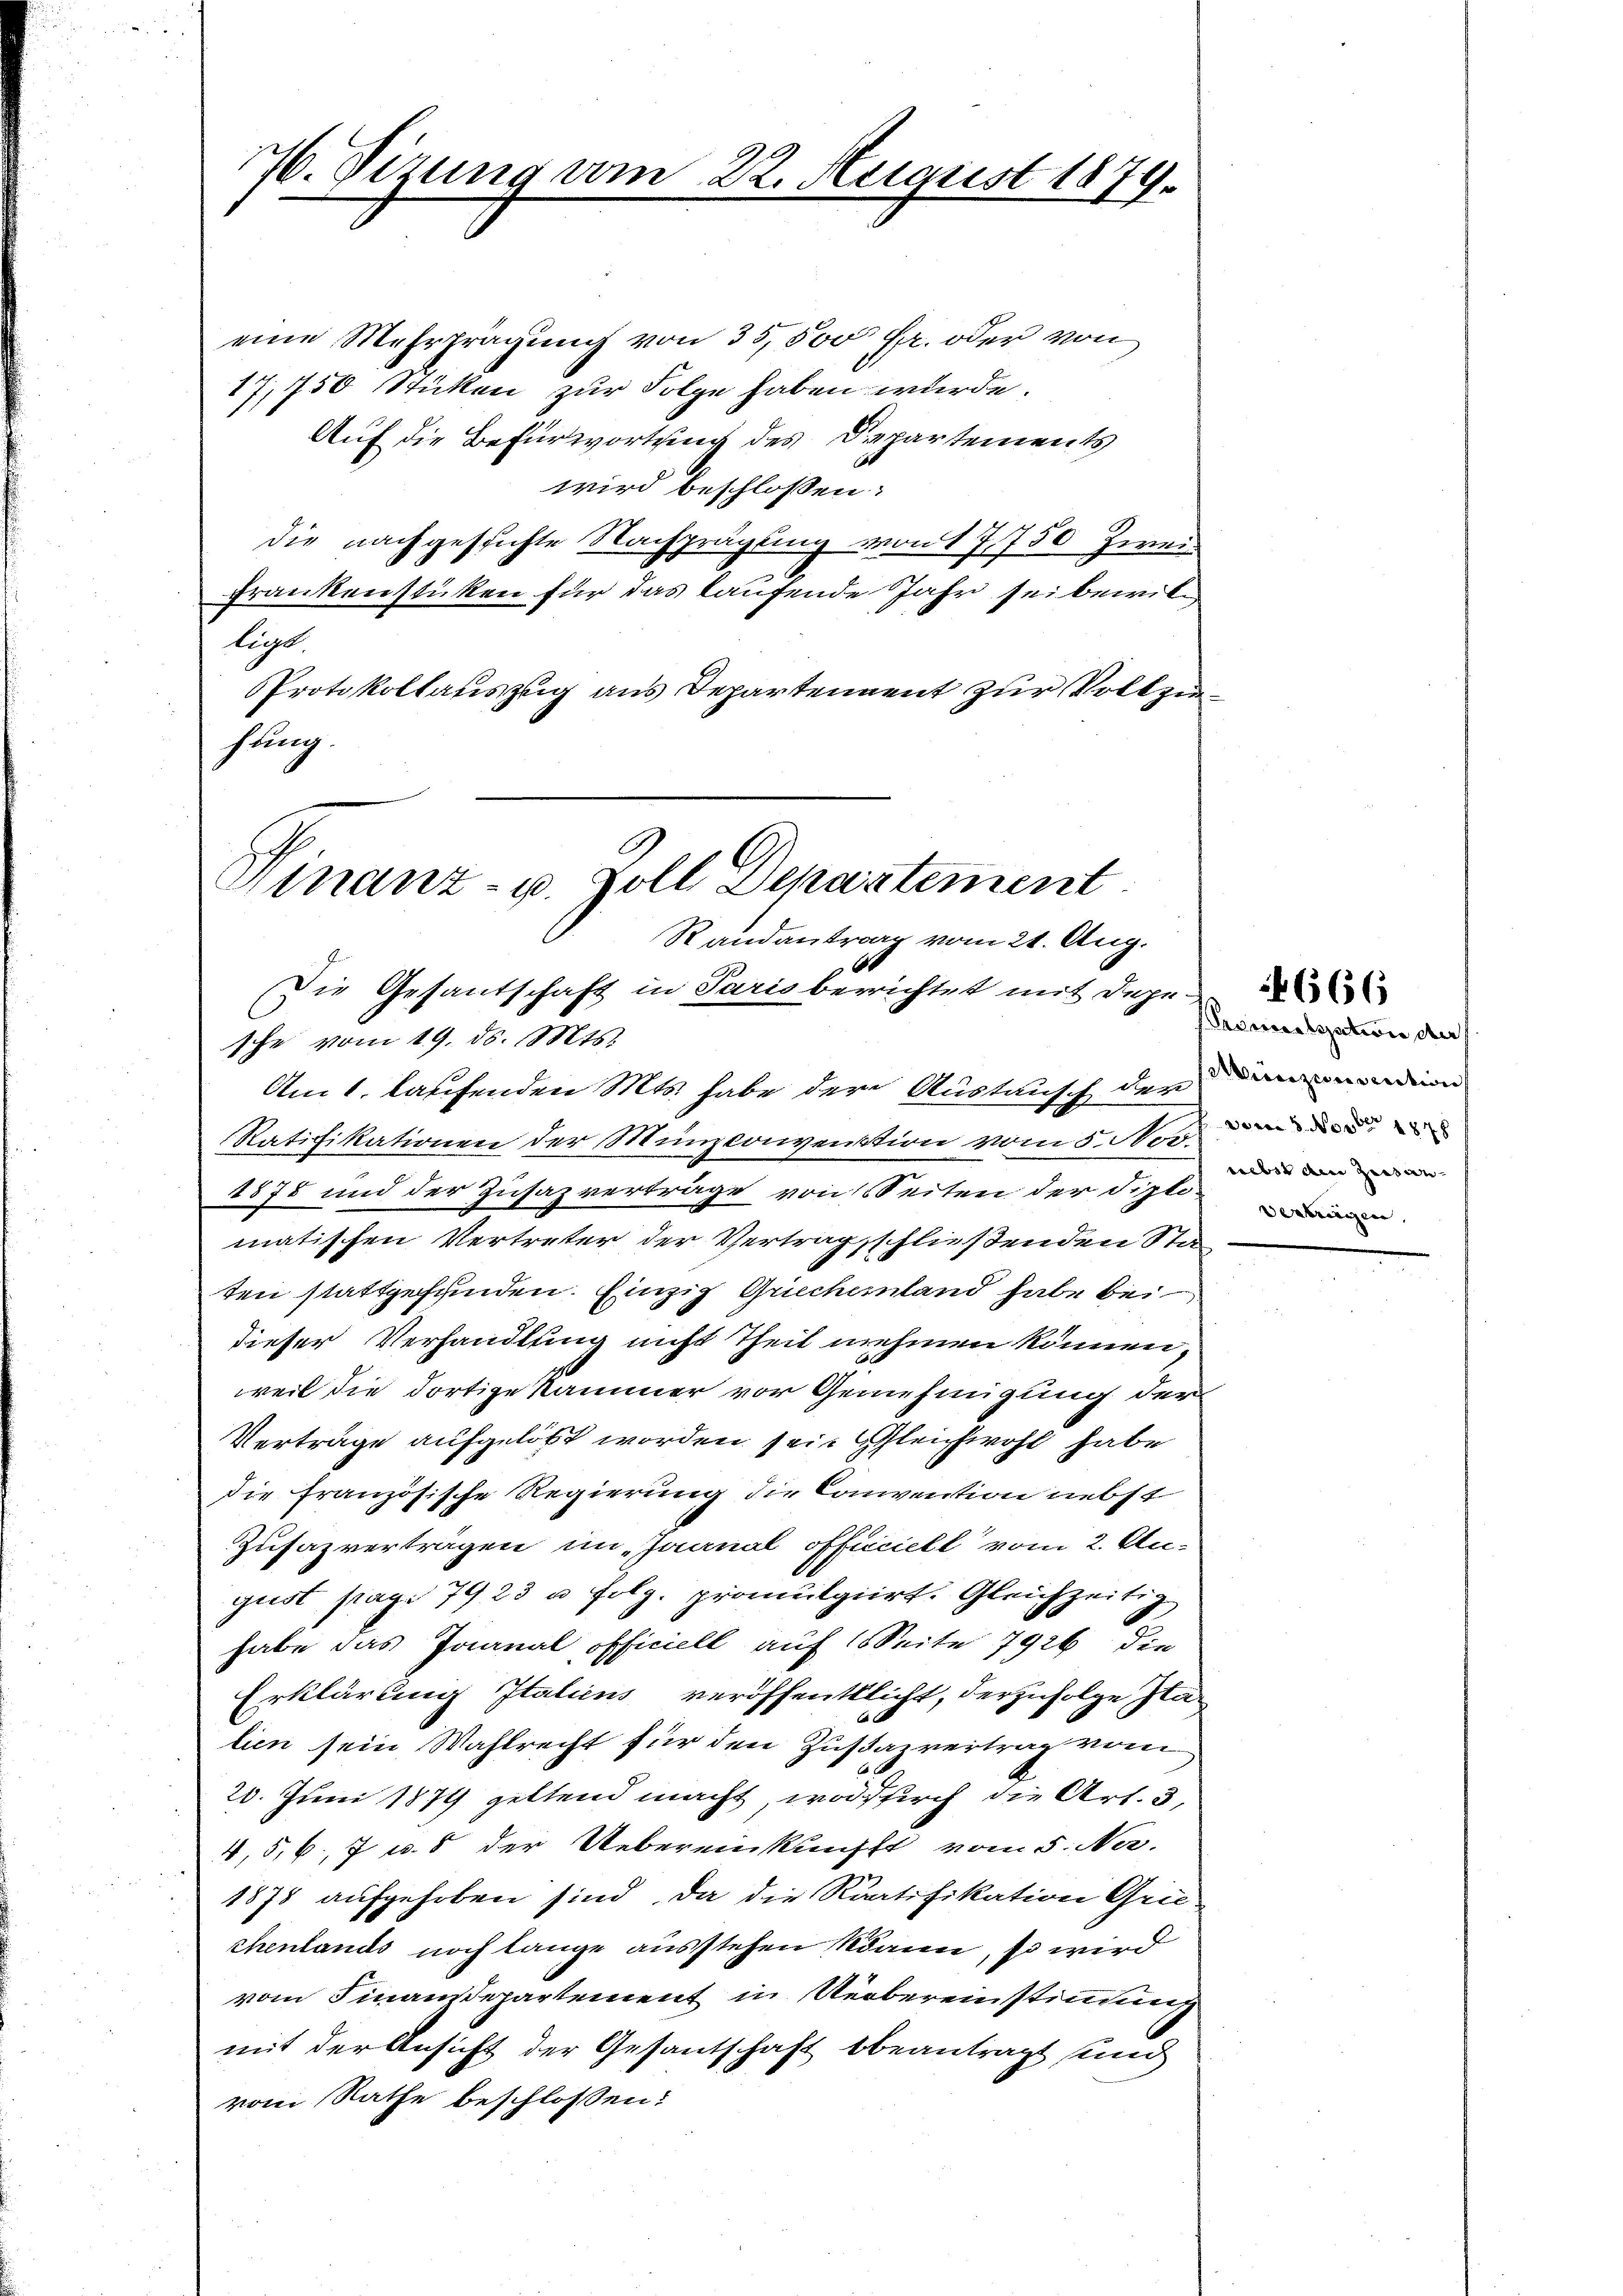
76. Sizung vom 22. August 1879.

eine Mehrprägung von 35,500 Fr. oder von
17,750 Stücken zur Folge haben wurde.
Auf die Befürwortung des Departements
wird beschlossen:
die nachgesichte Nachprägung von 17,750 Zwei¬
Frankenstücken für das kaufende Jahr sei bewilligt.
Protokollauszug aus Departennent zur Vollziehung.

Finanz- u. Zoll Departement
Randantrag vom 21. Aug.
Die Gesantschaft in Parisberichtet mit depe-
sche vom 19. ds. Mts.

Am 1. laufenden Mts. habe der Austausch der demandin
Ratifikationen der Mensconvention vom 5. Nor
1878 und der Zusazverträge von Seiten der Diplomatischen Vertreter der Vertragsschließenden Sta
ten stattgefunden. Einzig Griechenland habe bei
dieser Verhandlung nicht Theil nehmen können,
weil die dortige Kammer vor Genehmigung der
Verträge aufgelöst worden sei. Gleichwohl habe
die französische Regierung die Convention nebst
Zusazverträgen im Juanal officiell vom 2. Au-
gust sage 7923 u. folg. promulgiert. Gleichzeitig
habe das Jaanal officiell auf 1 Seite 7926 die
Erklärung Italicus veröffentlicht, derzufolge Italien sein Wahlrecht für den Zustazvertrag vom
20. Juni 1879 geltend macht, wodurch die Art. 3,
4, 5, 6, 7 u. 5 der Uebereinkunfft vom 5. Na
1878 aufgehoben sind, da die Ratifikation Grie
chentands noch lange ausstehen kann, so wird
vom Finanzdepartement in Uebereinstimmung
mit der Ansicht der Gesandtschaft beantragt sind
vom Rathe beschlossen:

Prementssation der
nebst aine Zeitan¬
Vertragen.

666